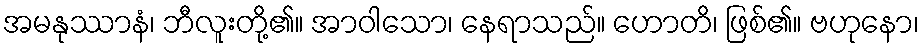
အမနုဿာနံ၊ ဘီလူးတို့၏။ အာဝါသော၊ နေရာသည်။ ဟောတိ၊ ဖြစ်၏။ ဗဟုနော၊